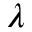
\lambda